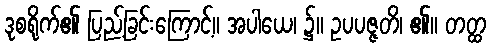
ဒုစရိုက်၏ ပြည့်ခြင်းကြောင့်။ အပါယေ၊ ၌။ ဥပပဇ္ဇတိ၊ ၏။ တတ္ထ